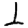
Digit: 1